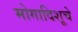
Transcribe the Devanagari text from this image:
मोगादिशूचे